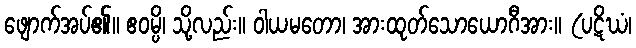
ဖျောက်အပ်၏။ ဧဝမ္ပိ၊ သို့လည်း။ ဝါယမတော၊ အားထုတ်သောယောဂီအား။ (ပဋိဃံ၊